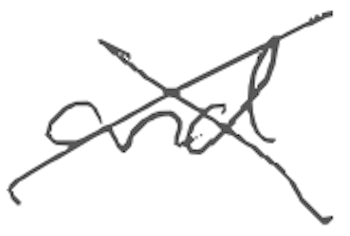
Text: and
Cross-out: cross
Writing tool: digital_gray